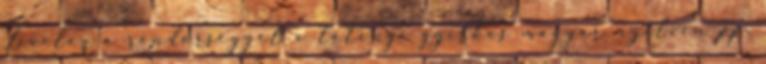
Levelez a rendőrséggel a tétényi gyilkos magyar nyelven pp.